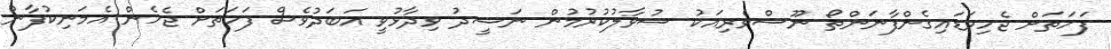
ފަހަތަށް ޖެހިވަޑައިގެންފާނަންތޯ ނޫސްވެރިއަކު ސުވާލުކުރުމުން ނަޝީދު ވިދާޅުވީ އަބަދުވެސް ފަހަތަށް ޖެހެން އެމަނިކުފާނު